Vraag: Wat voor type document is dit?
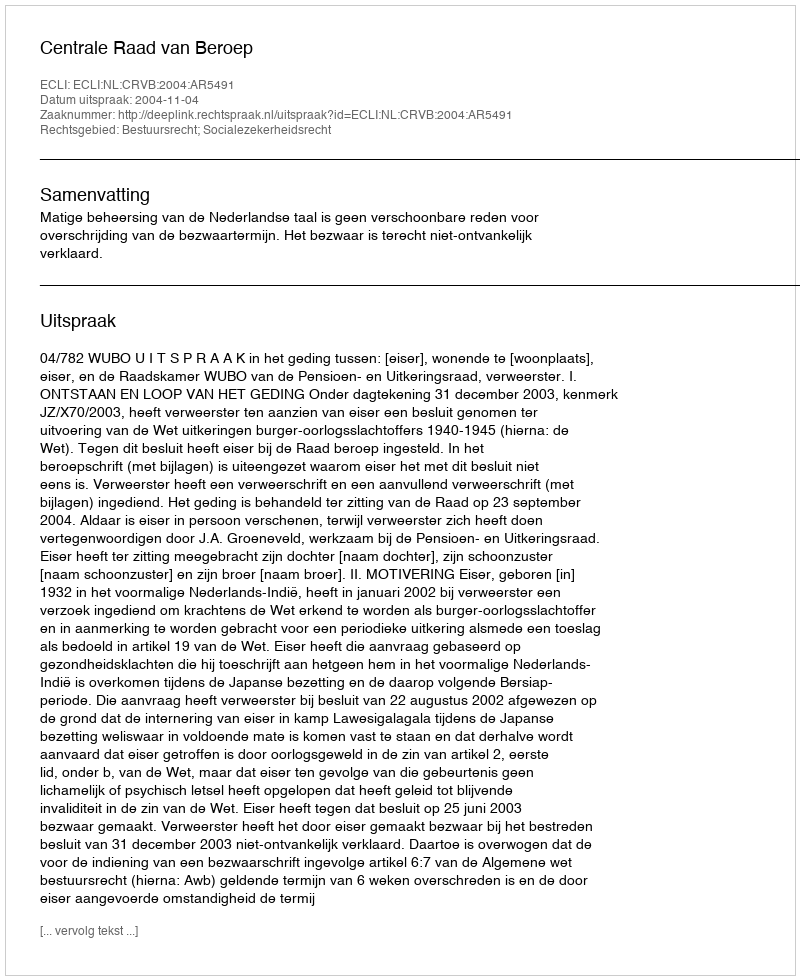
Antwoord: Uitspraak